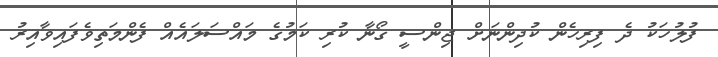
ފުލުހަކު ދެ ފިރިހެން ކުދިންނަށް ޖިންސީ ގޯނާ ކުރި ކަމުގެ މައްސަލައެއް ފެންމަތިވެފައިވާއިރު